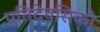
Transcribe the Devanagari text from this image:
प्रतिदेवसिकौ